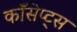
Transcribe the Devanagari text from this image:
कॉंसेप्ट्स